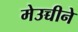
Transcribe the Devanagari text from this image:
मेउच्चीने